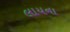
લાયના